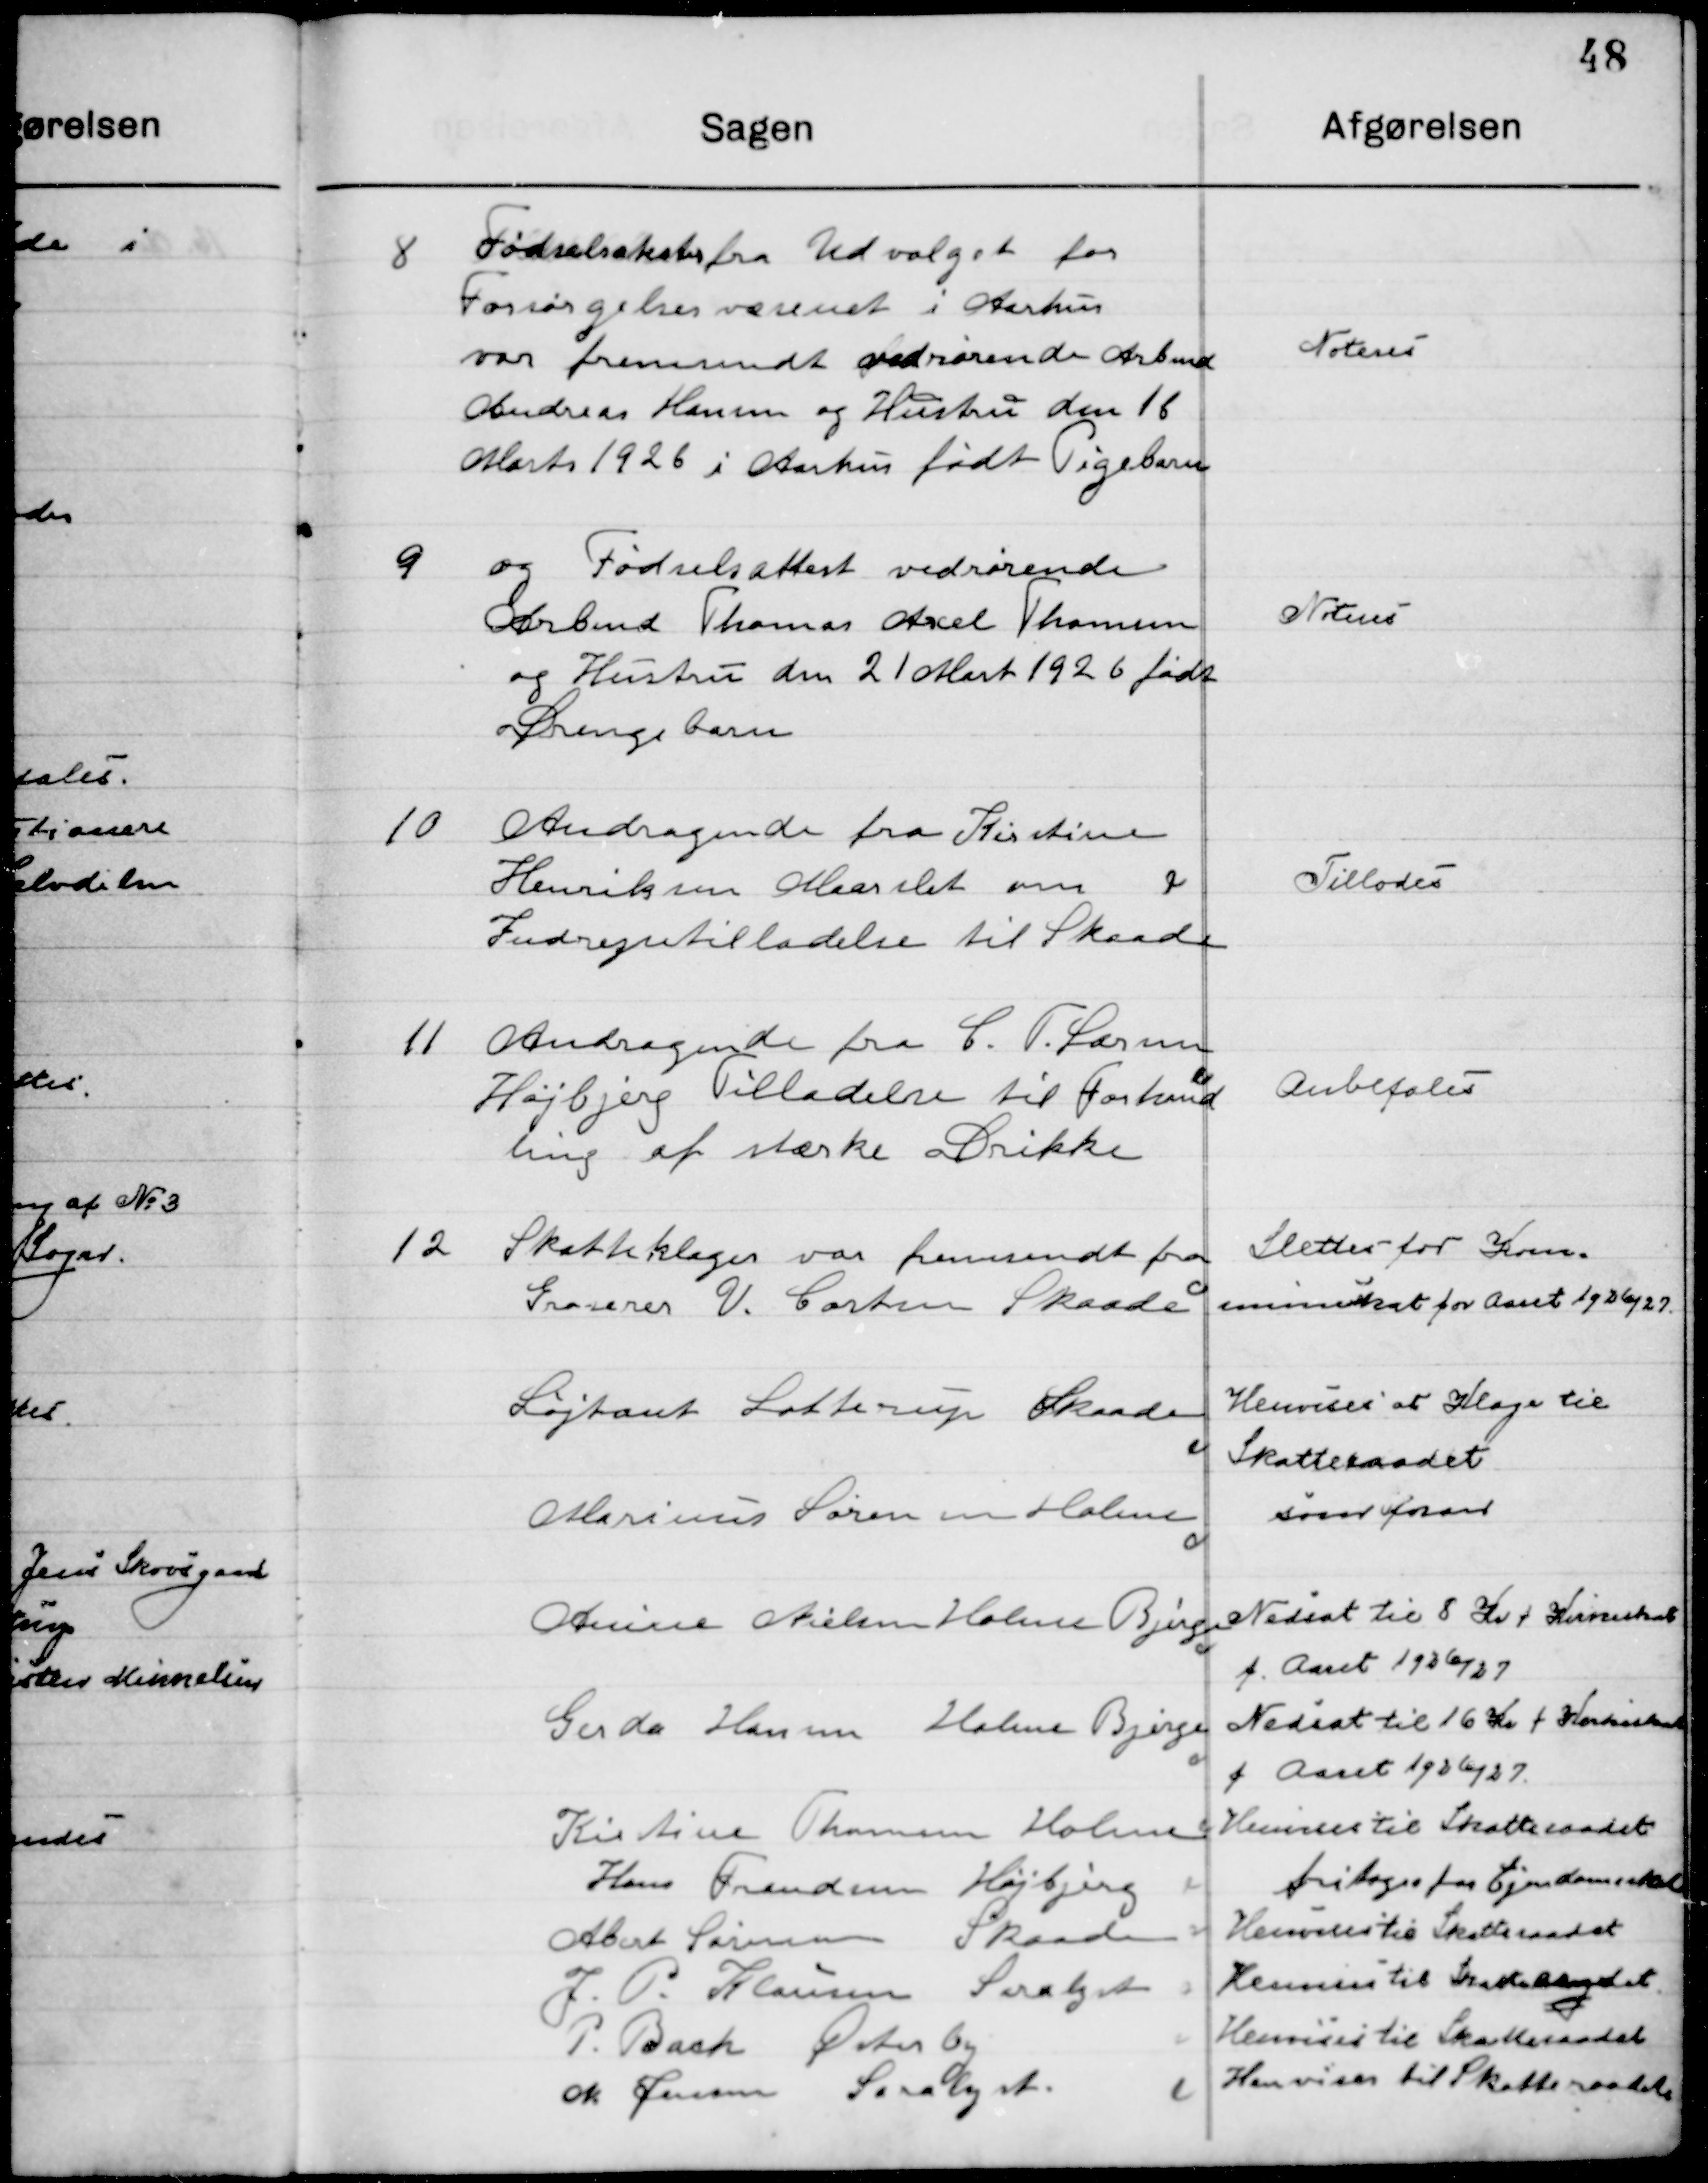
Transskription:
8

Fødselsattest fra Udvalget for
Forsørgelsesvæsenet i Aarhus
var fremsendt vedrørende Arbmd.
Andreas Hansen og Hustru den 18
Marts 1926 i Aarhus født Pigebarn

Noteres

9

Og Fødselsattest vedrørende
Arbmd. Thomas Akcel Thomsen
og Hustru den 21 Marts 1926 født 
Drengebarn

Noteres

10

Andragende fra Kirstine
Hendriksen Maaslet om
Indrejsetilladelse til Skaade

Tillodes

11

Andragende fra C. T. Larsen
Højbjerg Tilladelse til for-
handling af stærke Drikke

Anbefales

12

Skatteklager var fremsendt fra 
Grosserer V. Carsten Skaade

Slettes for Kom-
muneskat for Aaret 1926/27

Løjtnant Lottrup  Skaade

Henvises at Klage til 
Skateraadet

Marius Sørensen Holme

som foran

Anders Nielsen Holme Bjerge

Nedsat til 8 Kr. + Kirkeskat
f. Aaret 1926/27

Gerda Hansen Holme Bjerge

Nedsat til 16 Kr. + Kirkeskat
f. Aaret 1926/27

Kirstine Thomsen Holme
Hans Frandsen Højbjerg
Albert Sørensen Skaade
J, P. Klausen Saralyst
P. Bach Østerby
OK Jensen Saralyst

Henvises til Skateraadet
fritages for Ejendomsskat
Henvises til Skateraadet
Henvises til Skateraadet
Henvises til Skateraadet
Henvises til Skateraadet